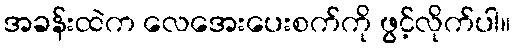
အခန်းထဲက လေအေးပေးစက်ကို ဖွင့်လိုက်ပါ။